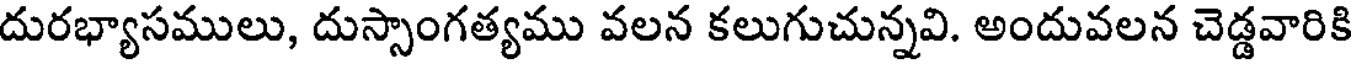
దురభ్యాసములు, దుస్సాంగత్యము వలన కలుగుచున్నవి. అందువలన చెడ్డవారికి